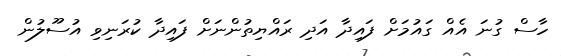
ހާސް ގުނަ އެއް ގައުމަށް ފައިދާ އަދި ރައްޔިތުންނަށް ފައިދާ ކުރަނިވި އުސޫލުން